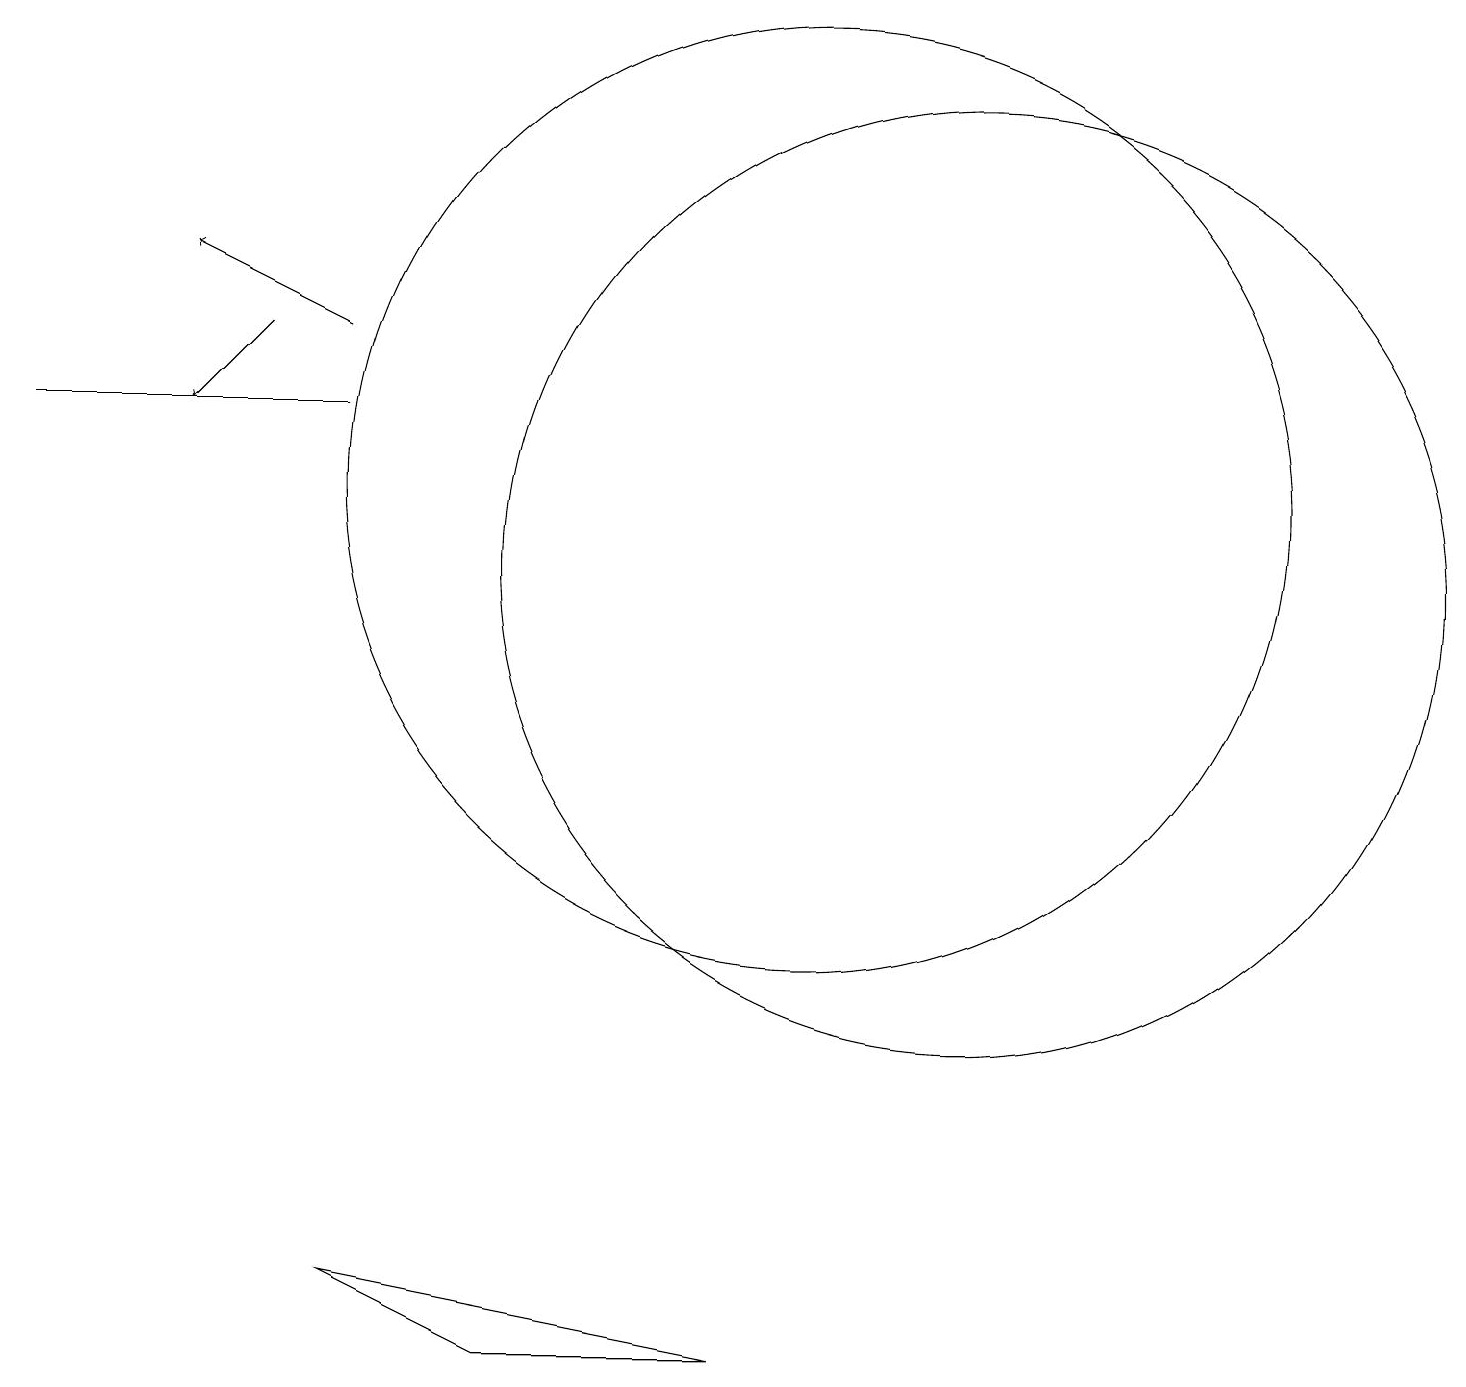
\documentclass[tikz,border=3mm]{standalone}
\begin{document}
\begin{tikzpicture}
\draw (10,10) circle (0);
\draw (12,10) circle (6);
\draw (0,12) rectangle (4,12);
\draw (10,11) circle (6);
\draw (9,0) -- (4,1) -- (6,0) -- cycle;
\draw[->] (3,13) -- (2,12);
\draw[->] (4,13) -- (2,14);
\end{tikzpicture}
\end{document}